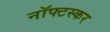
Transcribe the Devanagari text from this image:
नॉफ्टस्कर